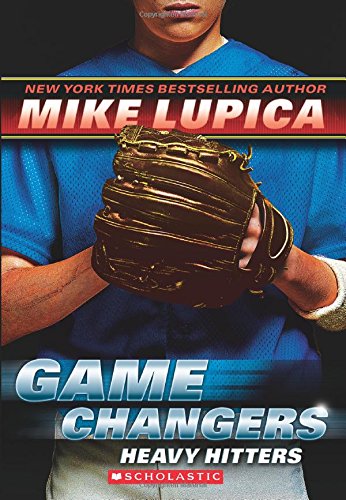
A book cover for Game Changers #3: Heavy Hitters; Mike Lupica; Children's Books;